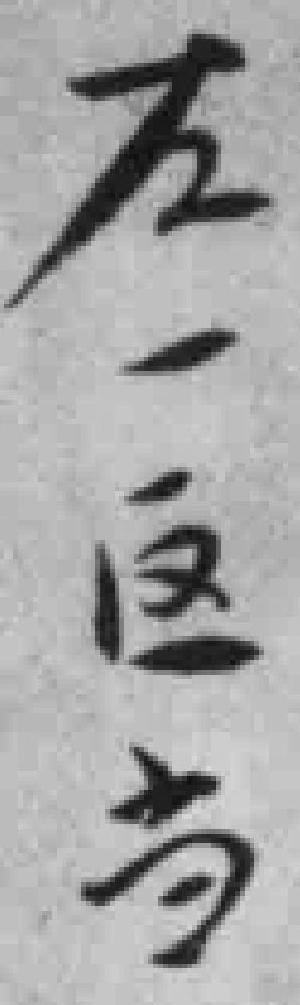
左一區当